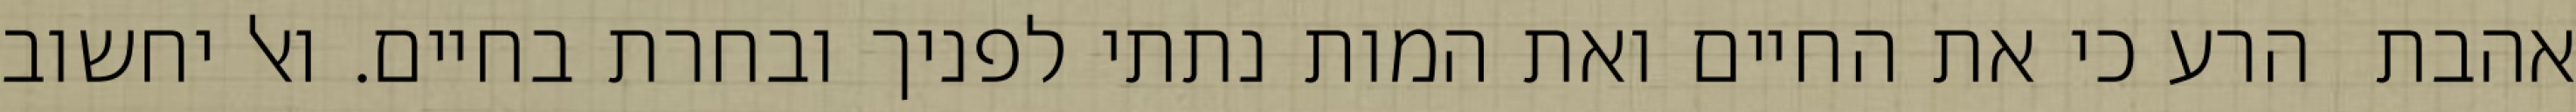
אהבת  הרע כי את החיים ואת המות נתתי לפניך ובחרת בחיים. ואל יחשוב